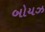
બોયઝ